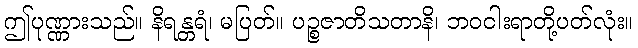
ဤပုဏ္ဏားသည်။ နိရန္တရံ၊ မပြတ်။ ပဉ္စဇာတိသတာနိ၊ ဘဝငါးရာတို့ပတ်လုံး။